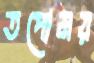
তপোময়